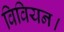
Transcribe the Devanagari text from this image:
विवियन।